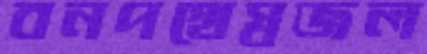
বনপথেস্বজল